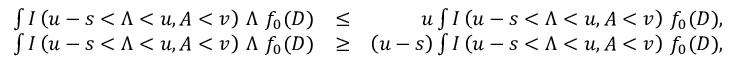
\begin{array} { r l r } { \int I \left( u - s < \Lambda < u , A < v \right) \, \Lambda \, \, f _ { 0 } ( D ) } & { \le } & { u \int I \left( u - s < \Lambda < u , A < v \right) \, f _ { 0 } ( D ) , } \\ { \int I \left( u - s < \Lambda < u , A < v \right) \, \Lambda \, \, f _ { 0 } ( D ) } & { \ge } & { \left( u - s \right) \int I \left( u - s < \Lambda < u , A < v \right) \, f _ { 0 } ( D ) , } \end{array}